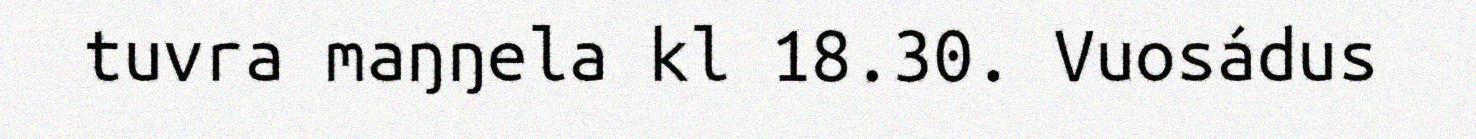
tuvra maŋŋela kl 18.30. Vuosádus